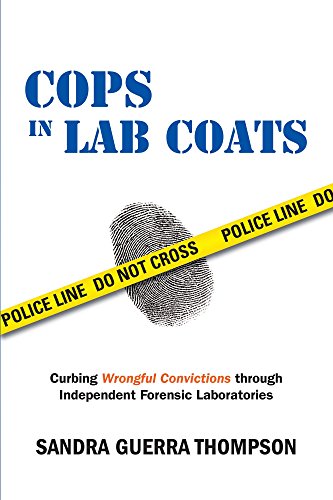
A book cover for Cops in Lab Coats: Curbing Wrongful Convictions through Independent Forensic Laboratories; Sandra Guerra Thompson; Law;